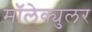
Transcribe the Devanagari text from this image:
मॉलेक्युलर